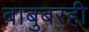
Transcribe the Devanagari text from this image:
बाबुबरही